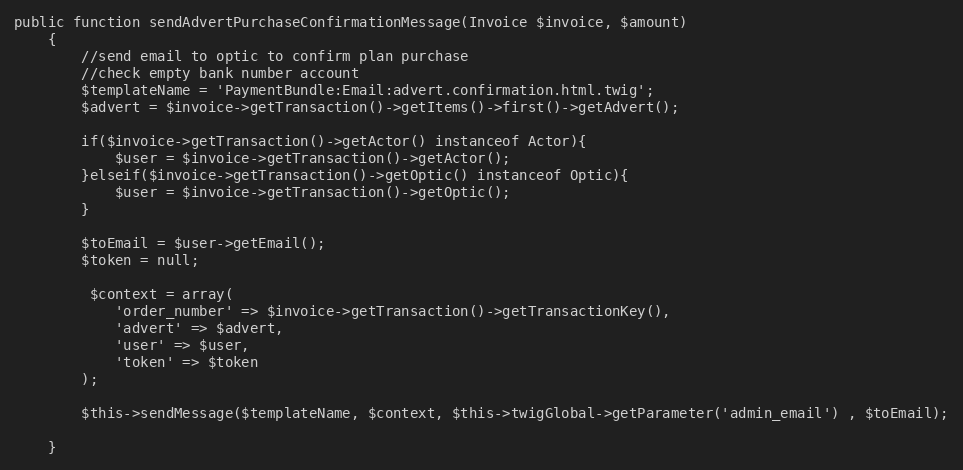
Language: PHP
public function sendAdvertPurchaseConfirmationMessage(Invoice $invoice, $amount)
    {
        //send email to optic to confirm plan purchase
        //check empty bank number account
        $templateName = 'PaymentBundle:Email:advert.confirmation.html.twig';
        $advert = $invoice->getTransaction()->getItems()->first()->getAdvert();

        if($invoice->getTransaction()->getActor() instanceof Actor){
            $user = $invoice->getTransaction()->getActor();
        }elseif($invoice->getTransaction()->getOptic() instanceof Optic){
            $user = $invoice->getTransaction()->getOptic();
        }

        $toEmail = $user->getEmail();
        $token = null;

         $context = array(
            'order_number' => $invoice->getTransaction()->getTransactionKey(),
            'advert' => $advert,
            'user' => $user,
            'token' => $token
        );

        $this->sendMessage($templateName, $context, $this->twigGlobal->getParameter('admin_email') , $toEmail);

    }